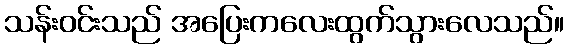
သန်းဝင်းသည် အပြေးကလေးထွက်သွားလေသည်။